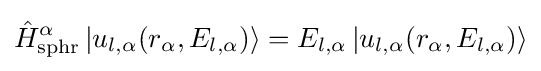
{\hat {H}}_{\text{sphr}}^{\alpha }\left|u_{l,\alpha }(r_{\alpha },E_{l,\alpha })\right\rangle =E_{l,\alpha }\left|u_{l,\alpha }(r_{\alpha },E_{l,\alpha })\right\rangle